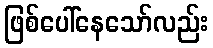
ဖြစ်ပေါ်နေသော်လည်း